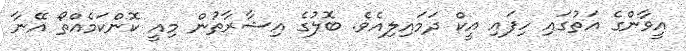
އީވާންގެ އަތުގައި ހިފައި އީކް ދަމައިލިއެވެ. ބޮލުގެ އިޝާރާތުން މިއީ ކޮންކަމެއްތޯ އޭނާ